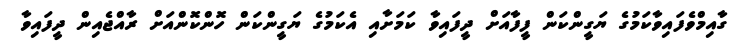
ގާއިމްވެފައިވާކަމުގެ ޔަގީންކަން ފީފާއަށް ދީފައިވާ ކަމަށާއި އެކަމުގެ ޔަގީންކަން ހޮންކޮންއަށް ރާއްޖެއިން ދީފައިވާ